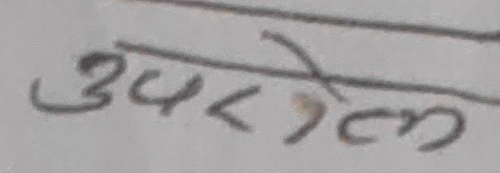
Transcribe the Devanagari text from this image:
उपरान्त